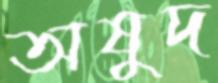
অষুদ